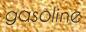
gasoline